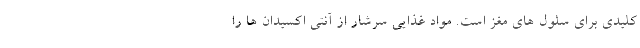
کلیدی برای سلول های مغز است. مواد غذایی سرشار از آنتی اکسیدان ها را